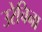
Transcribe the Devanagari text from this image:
उरेचिना